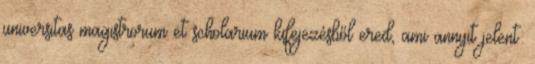
universitas magistrorum et scholarium kifejezésből ered, ami annyit jelent: